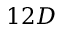
1 2 D